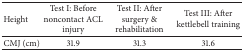
| Height | Test I: Before noncontact ACL injury | Test II: After surgery & rehabilitation | Test III: After kettlebell training |
 | --- | --- | --- | --- |
 | CMJ (cm) | 31.9 | 31.3 | 31.6 |